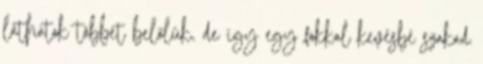
láthatok többet belőlük, de így egy fokkal kevésbé szakad